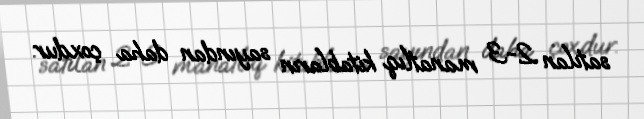
satılan 2-3 manatlıq kitabların sayından daha çoxdur.